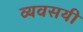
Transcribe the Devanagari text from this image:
व्यवसयी